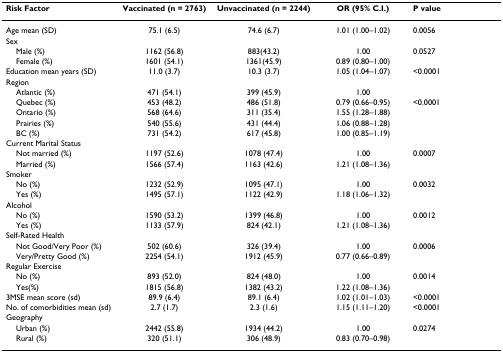
<table><thead><tr><td><b>Risk Factor</b></td><td><b>Vaccinated (n = 2763)</b></td><td><b>Unvaccinated (n = 2244)</b></td><td><b>OR (95% C.I.)</b></td><td><b>P value</b></td></tr></thead><tbody><tr><td>Age mean (SD)</td><td>75.1 (6.5)</td><td>74.6 (6.7)</td><td>1.01 (1.00–1.02)</td><td>0.0056</td></tr><tr><td>Sex</td><td></td><td></td><td></td><td></td></tr><tr><td> Male (%)</td><td>1162 (56.8)</td><td>883(43.2)</td><td>1.00</td><td>0.0527</td></tr><tr><td> Female (%)</td><td>1601 (54.1)</td><td>1361(45.9)</td><td>0.89 (0.80–1.00)</td><td></td></tr><tr><td>Education mean years (SD)</td><td>11.0 (3.7)</td><td>10.3 (3.7)</td><td>1.05 (1.04–1.07)</td><td>&lt;0.0001</td></tr><tr><td>Region</td><td></td><td></td><td></td><td></td></tr><tr><td> Atlantic (%)</td><td>471 (54.1)</td><td>399 (45.9)</td><td>1.00</td><td></td></tr><tr><td> Quebec (%)</td><td>453 (48.2)</td><td>486 (51.8)</td><td>0.79 (0.66–0.95)</td><td>&lt;0.0001</td></tr><tr><td> Ontario (%)</td><td>568 (64.6)</td><td>311 (35.4)</td><td>1.55 (1.28–1.88)</td><td></td></tr><tr><td> Prairies (%)</td><td>540 (55.6)</td><td>431 (44.4)</td><td>1.06 (0.88–1.28)</td><td></td></tr><tr><td> BC (%)</td><td>731 (54.2)</td><td>617 (45.8)</td><td>1.00 (0.85–1.19)</td><td></td></tr><tr><td>Current Marital Status</td><td></td><td></td><td></td><td></td></tr><tr><td> Not married (%)</td><td>1197 (52.6)</td><td>1078 (47.4)</td><td>1.00</td><td>0.0007</td></tr><tr><td> Married (%)</td><td>1566 (57.4)</td><td>1163 (42.6)</td><td>1.21 (1.08–1.36)</td><td></td></tr><tr><td>Smoker</td><td></td><td></td><td></td><td></td></tr><tr><td> No (%)</td><td>1232 (52.9)</td><td>1095 (47.1)</td><td>1.00</td><td>0.0032</td></tr><tr><td> Yes (%)</td><td>1495 (57.1)</td><td>1122 (42.9)</td><td>1.18 (1.06–1.32)</td><td></td></tr><tr><td>Alcohol</td><td></td><td></td><td></td><td></td></tr><tr><td> No (%)</td><td>1590 (53.2)</td><td>1399 (46.8)</td><td>1.00</td><td>0.0012</td></tr><tr><td> Yes (%)</td><td>1133 (57.9)</td><td>824 (42.1)</td><td>1.21 (1.08–1.36)</td><td></td></tr><tr><td>Self-Rated Health</td><td></td><td></td><td></td><td></td></tr><tr><td> Not Good/Very Poor (%)</td><td>502 (60.6)</td><td>326 (39.4)</td><td>1.00</td><td>0.0006</td></tr><tr><td> Very/Pretty Good (%)</td><td>2254 (54.1)</td><td>1912 (45.9)</td><td>0.77 (0.66–0.89)</td><td></td></tr><tr><td>Regular Exercise</td><td></td><td></td><td></td><td></td></tr><tr><td> No (%)</td><td>893 (52.0)</td><td>824 (48.0)</td><td>1.00</td><td>0.0014</td></tr><tr><td> Yes(%)</td><td>1815 (56.8)</td><td>1382 (43.2)</td><td>1.22 (1.08–1.36)</td><td></td></tr><tr><td>3MSE mean score (sd)</td><td>89.9 (6.4)</td><td>89.1 (6.4)</td><td>1.02 (1.01–1.03)</td><td>&lt;0.0001</td></tr><tr><td>No. of comorbidities mean (sd)</td><td>2.7 (1.7)</td><td>2.3 (1.6)</td><td>1.15 (1.11–1.20)</td><td>&lt;0.0001</td></tr><tr><td>Geography</td><td></td><td></td><td></td><td></td></tr><tr><td> Urban (%)</td><td>2442 (55.8)</td><td>1934 (44.2)</td><td>1.00</td><td>0.0274</td></tr><tr><td> Rural (%)</td><td>320 (51.1)</td><td>306 (48.9)</td><td>0.83 (0.70–0.98)</td><td></td></tr></tbody></table>